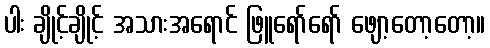
ပါး ချိုင့်ချိုင့် အသားအရောင် ဖြူရော်ရော် ဖျော့တော့တော့။